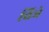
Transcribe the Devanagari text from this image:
चिञे